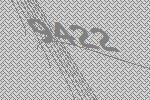
9422